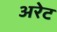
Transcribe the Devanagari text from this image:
अरेट